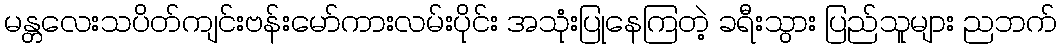
မန္တလေးသပိတ်ကျင်းဗန်းမော်ကားလမ်းပိုင်း အသုံးပြုနေကြတဲ့ ခရီးသွား ပြည်သူများ ညဘက်